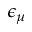
\epsilon _ { \mu }